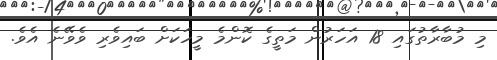
މި މުބާރާތުގައި 18 އަހަރުން މަތީގެ ކޮންމެ މީހަކަށް ބައިވެރި ވެވޭނެ އެވެ.